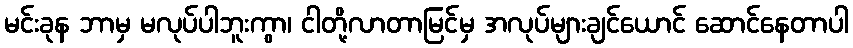
မင်းခုန ဘာမှ မလုပ်ပါဘူးကွာ၊ ငါတို့လာတာမြင်မှ အလုပ်များချင်ယောင် ဆောင်နေတာပါ